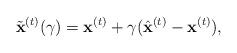
LaTeX: \begin{align*}\tilde{\mathbf{x}}^{(t)}(\gamma)=\mathbf{x}^{(t)}+\gamma(\hat{\mathbf{x}}^{(t)}-\mathbf{x}^{(t)}),\end{align*}